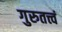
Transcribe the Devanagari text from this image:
गुरुतत्त्वं